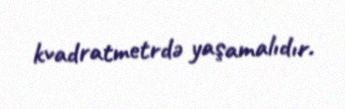
kvadratmetrdə yaşamalıdır.